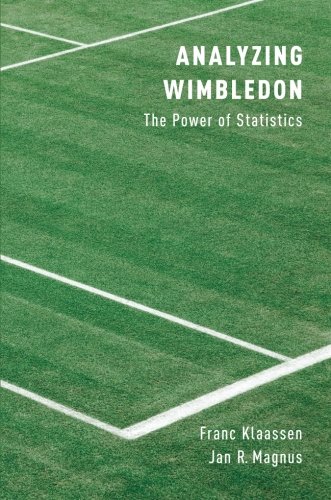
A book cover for Analyzing Wimbledon: The Power of Statistics; Franc Klaassen; Sports & Outdoors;